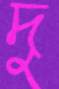
দু